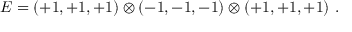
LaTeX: E = ( + 1 , + 1 , + 1 ) \otimes ( - 1 , - 1 , - 1 ) \otimes ( + 1 , + 1 , + 1 ) ~ . ~ \,